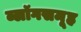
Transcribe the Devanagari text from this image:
ब्लॉगसमूह